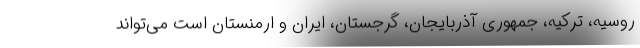
روسیه، ترکیه، جمهوری آذربایجان، گرجستان، ایران و ارمنستان است می‌تواند